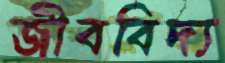
জীববিদ্য